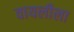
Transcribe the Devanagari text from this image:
वायलीला